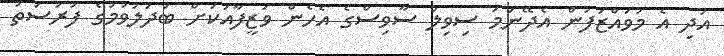
އަދި އެ މުވައްޒަފުން އެދޭނަމަ ސިވިލް ސާވިސްގެ އެހެން ވަޒީފާއަކަށް ބަދަލުވުމުގެ ފުރުސަތު